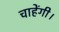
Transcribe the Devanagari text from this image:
चाहेंगी।